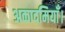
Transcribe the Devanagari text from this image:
अकादमियाँ।